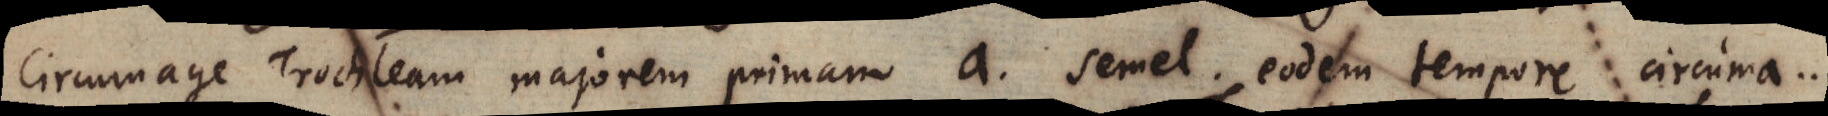
Circumage Trochleam majorem primam a semel. Eodem tempore circuma